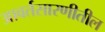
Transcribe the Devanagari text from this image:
आवर्तसारणीतील